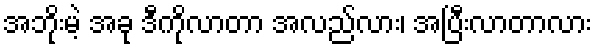
အဘိုးမဲ့ အခု ဒီကိုလာတာ အလည်လား၊ အပြီးလာတာလား